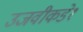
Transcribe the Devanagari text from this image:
उजवीकडे१